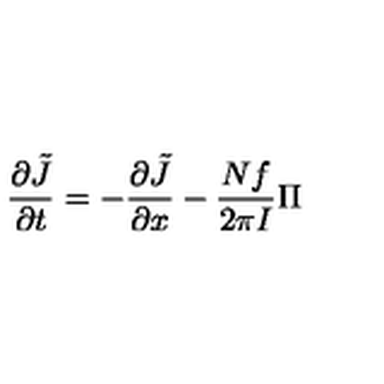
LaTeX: { \frac { \partial \tilde { J } } { \partial t } } = - { \frac { \partial \tilde { J } } { \partial x } } - { \frac { N f } { 2 \pi I } } \Pi